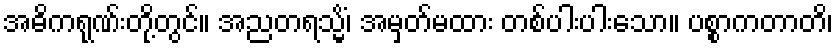
အဓိကရုဏ်းတို့တွင်။ အညတရသ္မိံ၊ အမှတ်မထား တစ်ပါးပါးသော။ ပစ္စာကတာတိ၊